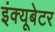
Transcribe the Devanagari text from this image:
इंक्यूबेटर